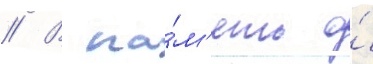
// В па́м'ять о́